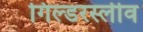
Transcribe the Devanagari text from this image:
गिल्डरस्लीव